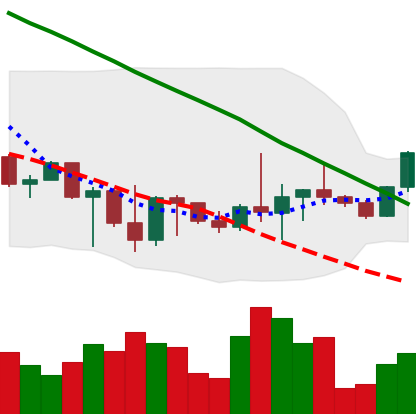
Ticker: BTC-USD
Chart end date: 2022-10-04
Forward return: -4.378%
Label: down_3_5